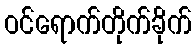
ဝင်ရောက်တိုက်ခိုက်